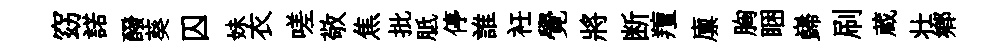
窈諾醱葵囚妹衣嗟敬焦批胝停誰衽覺將断羶廪胸睏巋刷蔵壮鄕